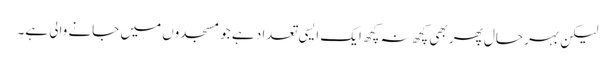
لیکن بہر حال پھر بھی کچھ نہ کچھ ایک ایسی تعداد ہے جو مسجدوں میں جانے والی ہے۔